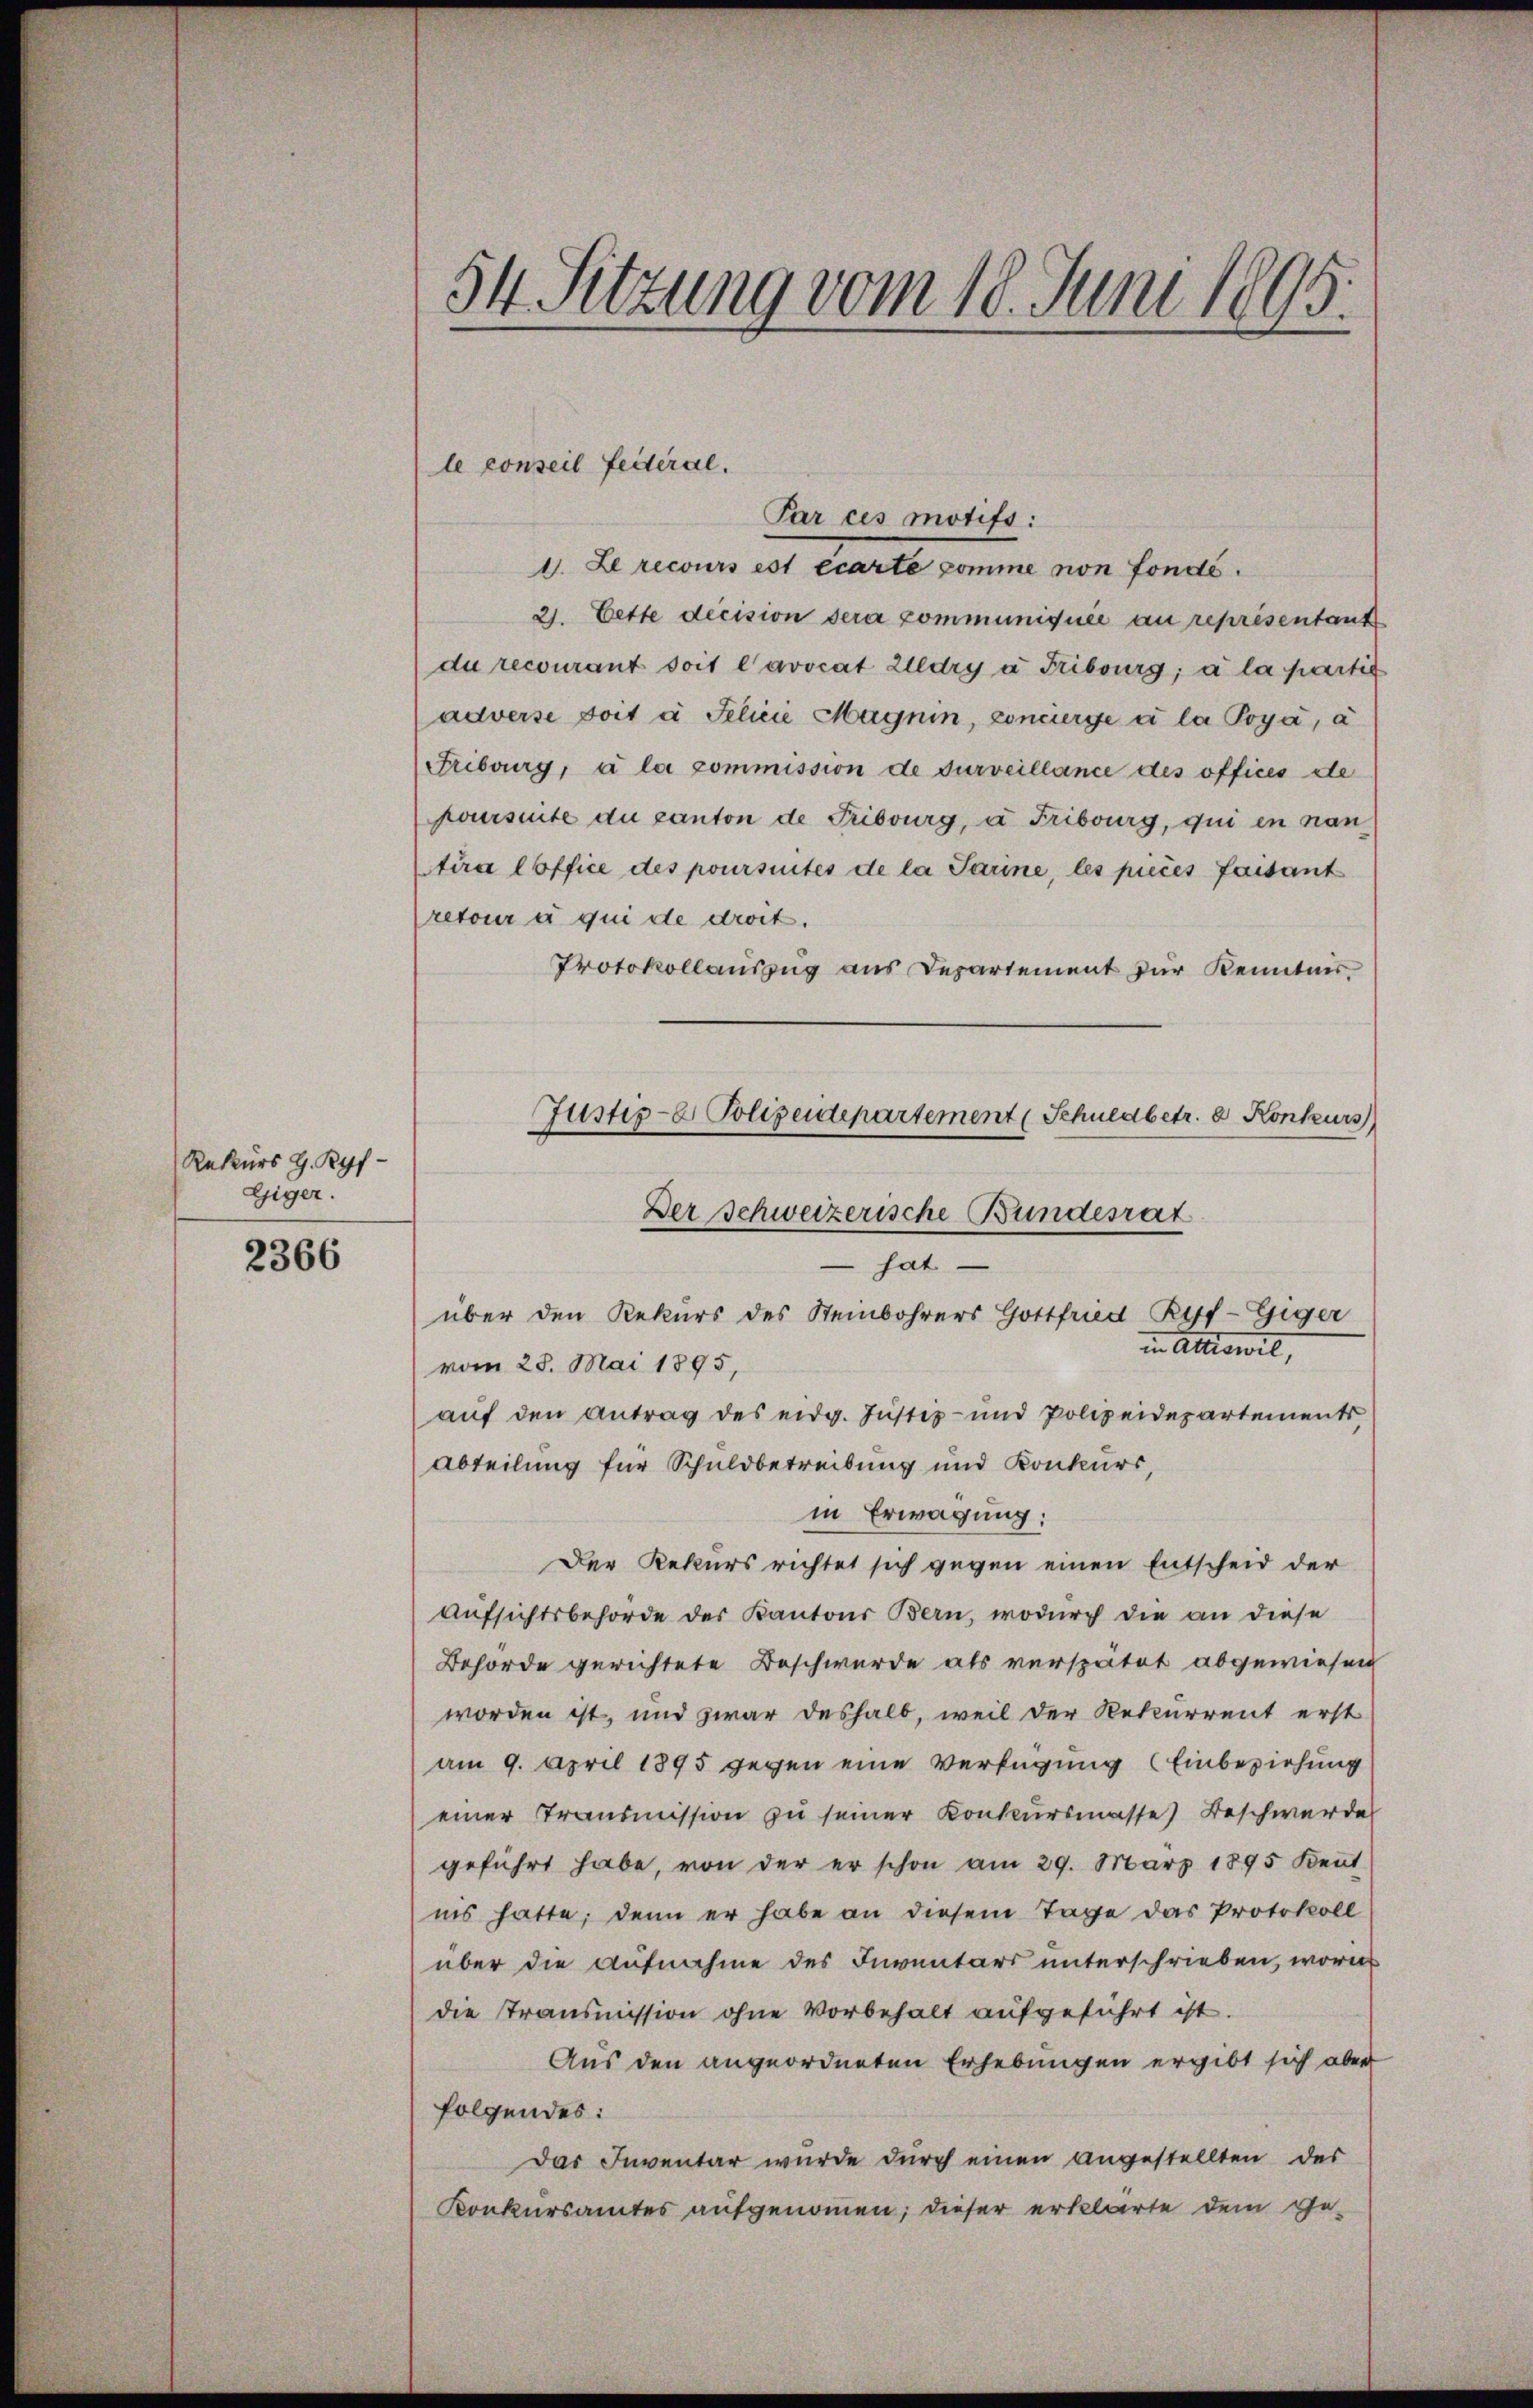
Rekurs G. Ryf
Giger.

2366

54 Sitzung vom 18. Juni 1895.

1. Le recours est écarte komme von fonds.
2. Cette decision sera communiquée au représentant
du recourant soit l’avocat Zedry à Fribourg; à la partie
adverse fort à Felix Magnin, Concierge a la Poya, a
Fribourg, à la commission de surveillance des offices de
poursuite du canton de Fribourg, a. Fribourg, qui en nan
tira loffice des poursuites de la Sarine, les pieces faisant
retour à qui de droit.
Protokollauszug aus Departement zur Kenntnis.
Abteilung für Schuldbetreibung und Konkurs,
in Erwägung:
Der Rekurs richtet sich gegen einen Entscheid der
Aufsichtsbehörde des Kantons Bern, wodurch die an diese
Behörde gerichtete Beschwerde als verspätet abgewiesen
worden ist, und zwar deshalb, weil der Rekurrent erst
am 9. April 1895 gegen eine Verfügung (Einbeziehung
einer Transmission zu seiner Konkursmasse) Beschwerde
geführt habe, von der er schon am 29. März 1895 Keṅt
nis hatte; denn er habe an diesem Tage das Protokoll
über die Aufnahme des Inventars unterschrieben, worin
die Transmission ohne Vorbehalt aufgeführt ist.
Aus den angeordneten Erhebungen ergibt sich aber
folgendes:
Das Inventar wurde durch einen angestellten des
Konkursamtes aufgenommen; dieser erklärte dem Ge-

le conseil Federal.
Par ces motifs:

Justiz- & Polizeidepartement (Schuldbetr. d. Konkurs
Der Schweizerische Bundesrat
 hat
über den Rekurs des Steinbohrers Gottfried Ryf-Giger
in Atteswil,
vom 28. Mai 1895,
aŭf den Antrag des eidg. Justiz- und Polizeidepartements